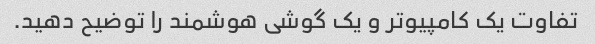
تفاوت یک کامپیوتر و یک گوشی هوشمند را توضیح دهید.